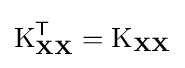
\operatorname {K} _{\mathbf {X} \mathbf {X} }^{\mathsf {T}}=\operatorname {K} _{\mathbf {X} \mathbf {X} }